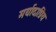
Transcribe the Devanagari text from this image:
मर्यादाप्रिय